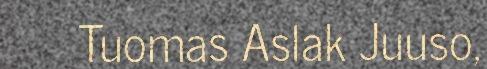
Tuomas Aslak Juuso,